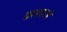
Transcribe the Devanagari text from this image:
वारदाते